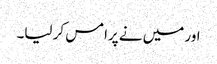
اور میں نے پرامس کر لیا۔